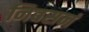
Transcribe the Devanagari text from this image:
निवसनं